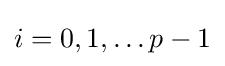
i=0,1,\dots p-1